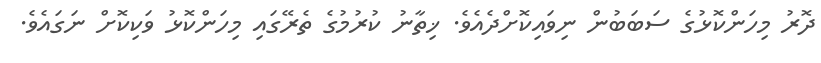
ދޮރު މިހަންކޮޅުގެ ސަބަބުން ނިވައިކޮށްދެއެވެ. ޚިތާނު ކުރުމުގެ ތެރޭގައި މިހަންކޮޅު ވަކިކޮށް ނަގައެވެ.